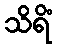
သိရိံ